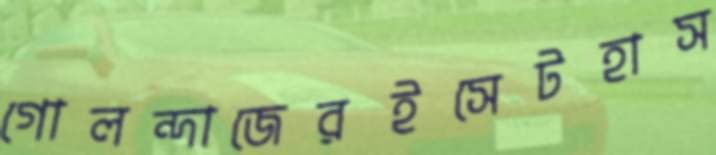
গোলন্দাজেরইসেটহাস